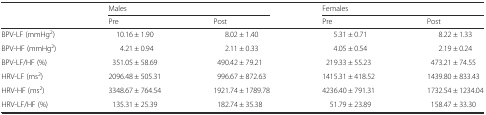
<table><thead><tr><td></td><td colspan="2"><b>Males</b></td><td colspan="2"><b>Females</b></td></tr><tr><td></td><td><b>Pre</b></td><td><b>Post</b></td><td><b>Pre</b></td><td><b>Post</b></td></tr></thead><tbody><tr><td>BPV-LF (mmHg<sup>2</sup>)</td><td>10.16 ± 1.90</td><td>8.02 ± 1.40</td><td>5.31 ± 0.71</td><td>8.22 ± 1.33</td></tr><tr><td>BPV-HF (mmHg<sup>2</sup>)</td><td>4.21 ± 0.94</td><td>2.11 ± 0.33</td><td>4.05 ± 0.54</td><td>2.19 ± 0.24</td></tr><tr><td>BPV-LF/HF (%)</td><td>351.05 ± 58.69</td><td>490.42 ± 79.21</td><td>219.33 ± 55.23</td><td>473.21 ± 74.55</td></tr><tr><td>HRV-LF (ms<sup>2</sup>)</td><td>2096.48 ± 505.31</td><td>996.67 ± 872.63</td><td>1415.31 ± 418.52</td><td>1439.80 ± 833.43</td></tr><tr><td>HRV-HF (ms<sup>2</sup>)</td><td>3348.67 ± 764.54</td><td>1921.74 ± 1789.78</td><td>4236.40 ± 791.31</td><td>1732.54 ± 1234.04</td></tr><tr><td>HRV-LF/HF (%)</td><td>135.31 ± 25.39</td><td>182.74 ± 35.38</td><td>51.79 ± 23.89</td><td>158.47 ± 33.30</td></tr></tbody></table>